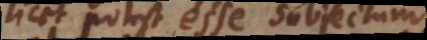
scilicet potest esse subjectum